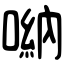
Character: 𠺶